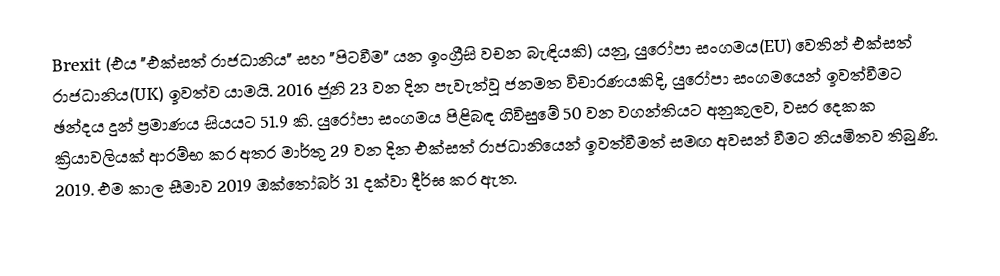
Brexit (එය "එක්සත් රාජධානිය" සහ "පිටවීම" යන ඉංග්‍රීසි වචන බැඳියකි) යනු, යුරෝපා සංගමය(EU) වෙතින් එක්සත් රාජධානිය(UK) ඉවත්ව යාමයි. 2016 ජූනි 23 වන දින පැවැත්වූ ජනමත විචාරණයකිදි, යුරෝපා සංගමයෙන් ඉවත්වීමට ඡන්දය දුන් ප්‍රමාණය සියයට 51.9 කි. යුරෝපා සංගමය පිළිබඳ ගිවිසුමේ 50 වන වගන්තියට අනුකුලව, වසර දෙකක ක්‍රියාවලියක් ආරම්භ කර අතර මාර්තු 29 වන දින එක්සත් රාජධානියෙන් ඉවත්වීමත් සමඟ අවසන් වීමට නියමිතව තිබුණි. 2019. එම කාල සීමාව 2019 ඔක්තෝබර් 31 දක්වා දීර්ඝ කර ඇත.